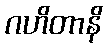
ဂဟိတာနိ